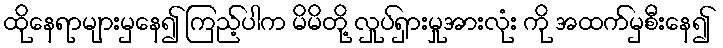
ထိုနေရာများမှနေ၍ ကြည့်ပါက မိမိတို့ လှုပ်ရှားမှုအားလုံး ကို အထက်မှစီးနေ၍